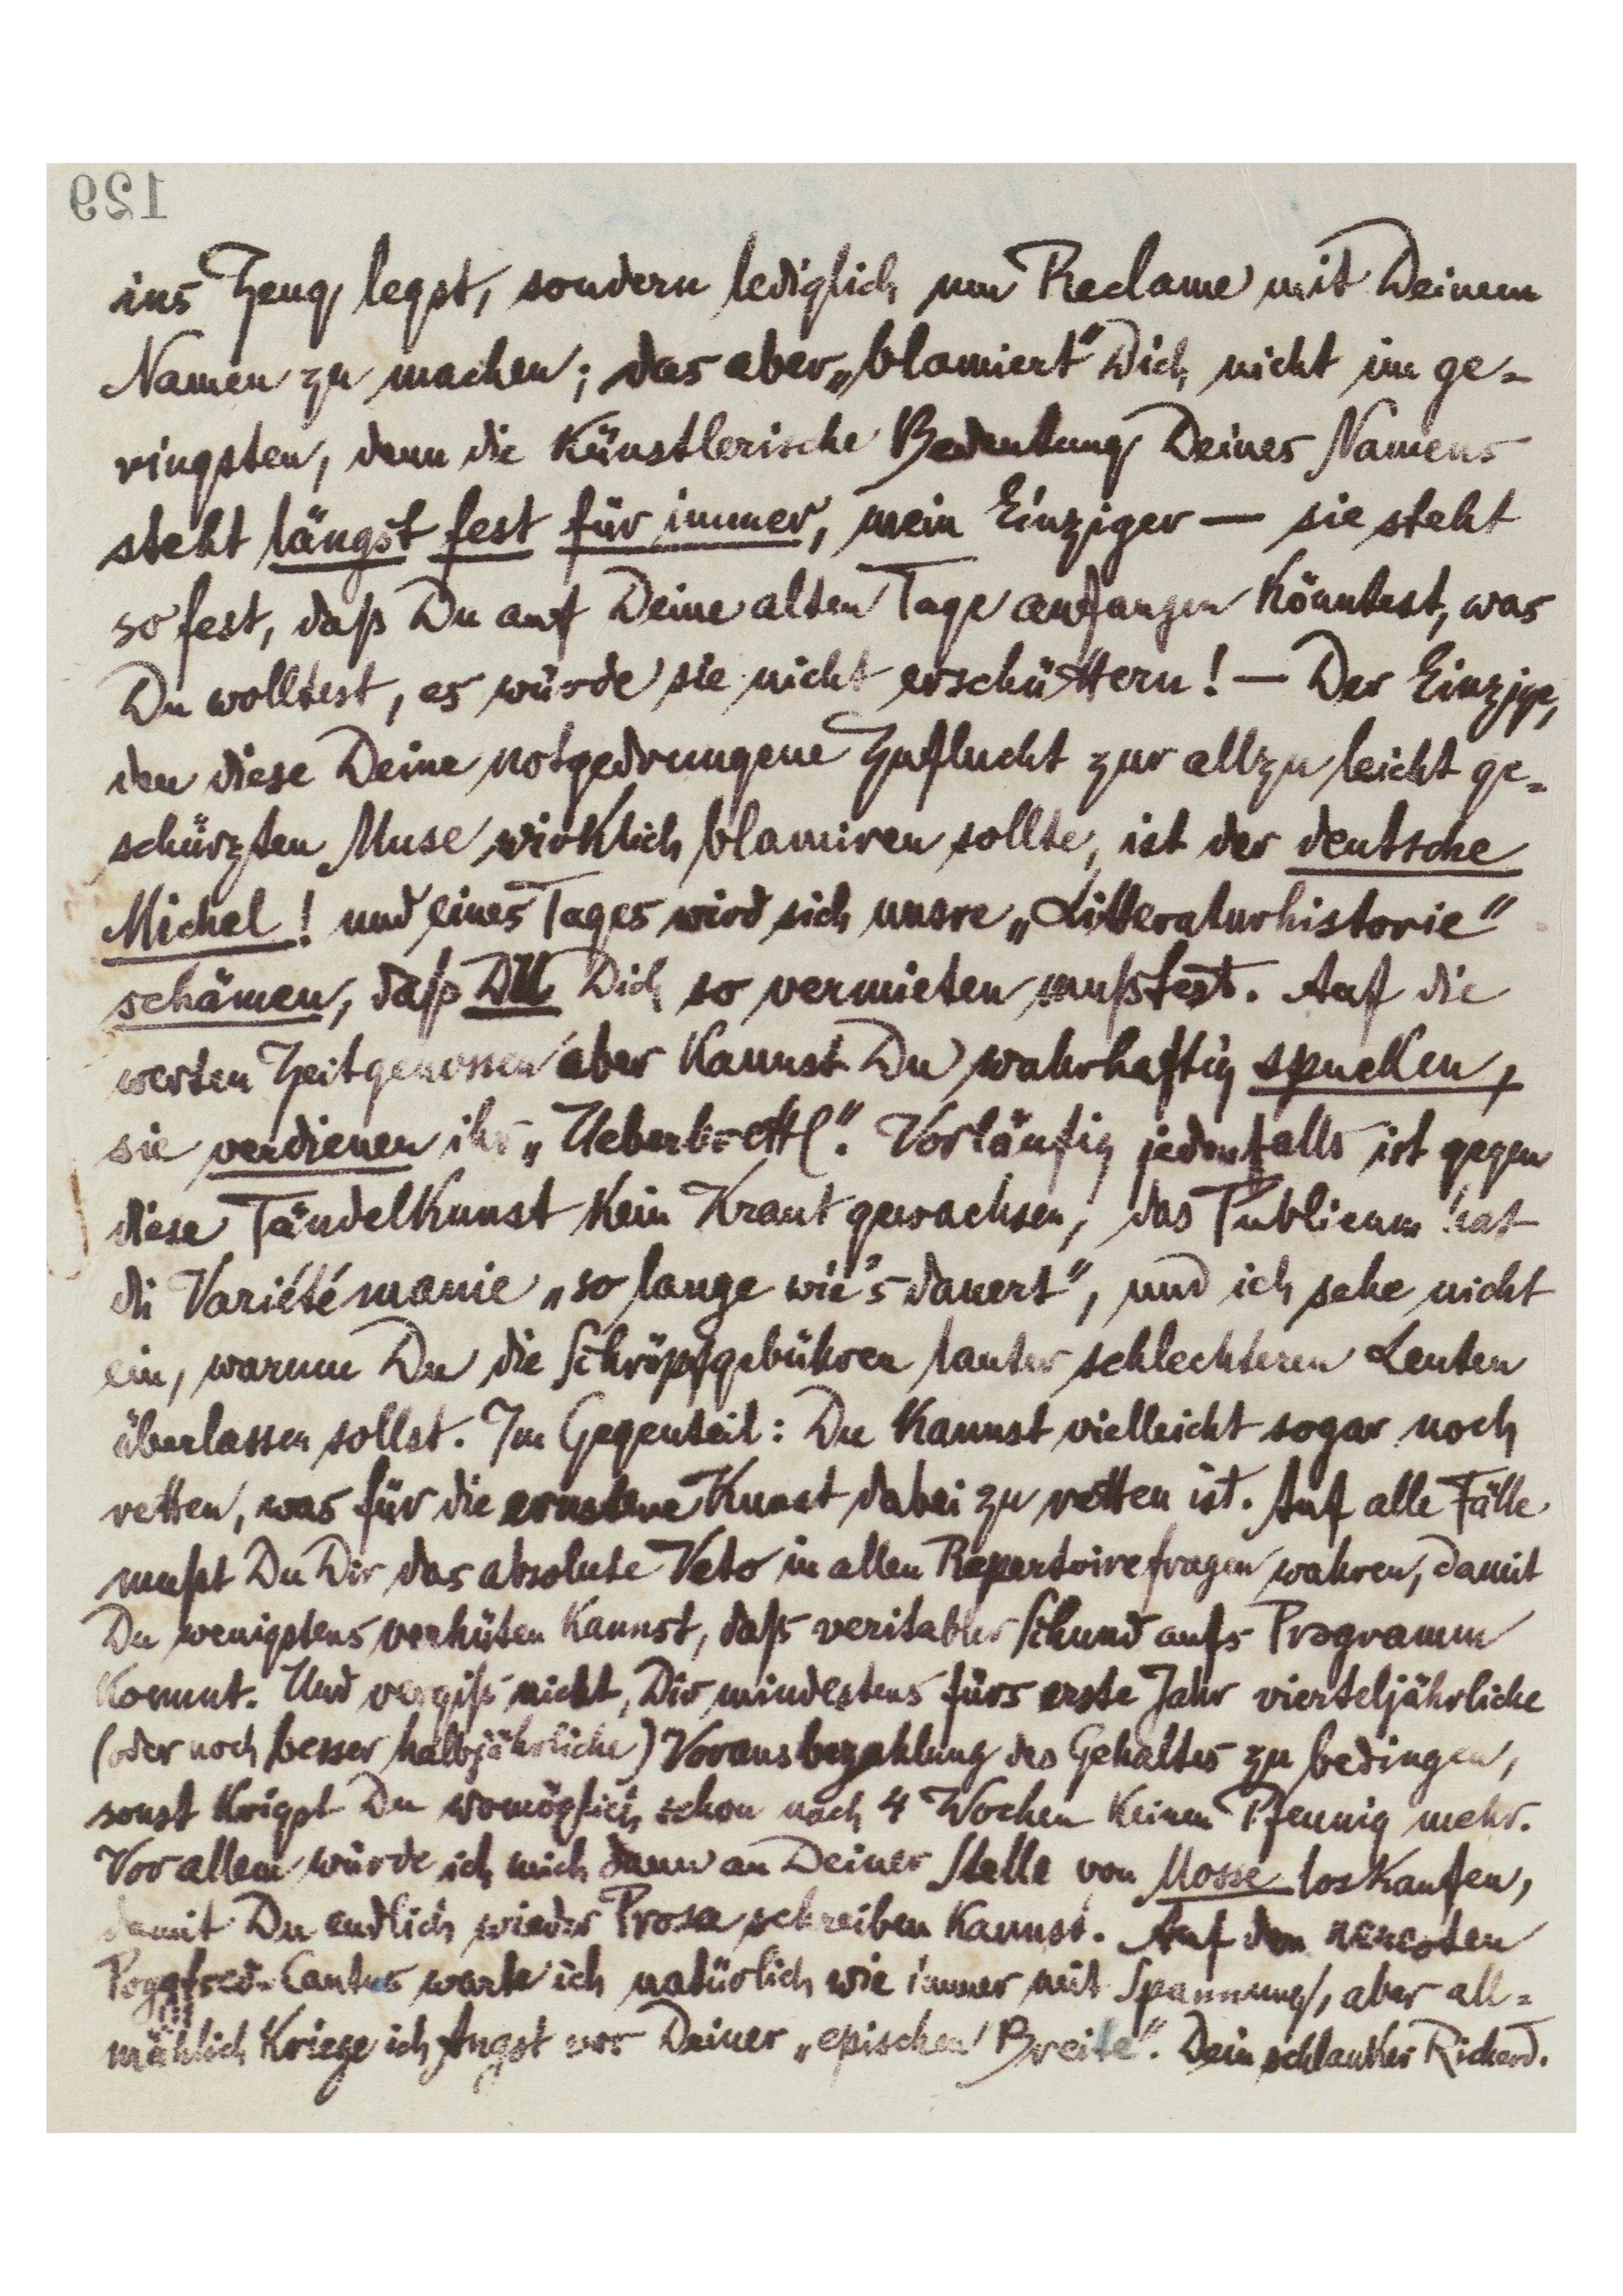
[129]
ins Zeug legst, sondern lediglich um Reclame mit Deinem
Namen zu machen; das aber „blamiert‟ Dich nicht im ge-
ringsten, denn die künstlerische Bedeutung Deines Namens
steht längst fest für immer, mein Einziger – sie steht
so fest, daß Du auf Deine alten Tage anfangen könntest, was
Du wolltest, es würde sie nicht erschüttern! – Der Einzige,
den diese Deine notgedrungene Zuflucht zur allzu leicht ge-
schürzten Muse wirklich blamiren sollte, ist der deutsche
Michel! und eines Tages wird sich unsre „Litteraturhistorie‟
schämen, daß DU Dich so vermieten mußtest. Auf die
werten Zeitgenossen aber kannst Du wahrhaftig spucken,
sie verdienen ihr „Ueberbrettl‟. Vorläufig jedenfalls ist gegen
diese Tändelkunst kein Kraut gewachsen, das Publikum hat
die Variétémanie „so lange wie’s dauert‟, und ich sehe nicht
ein, warum Du die Schröpfgebühren lauter schlechteren Leuten
überlassen sollst. Im Gegenteil: Du kannst vielleicht sogar noch
retten, was für die ernstere Kunst dabei zu retten ist. Auf alle Fälle
mußt Du Dir das absolute Veto im allen Repertoirefragen wahren, damit
Du wenigstens verhüten kannst, daß veritabler Schund aufs Programm
kommt. Und vergiß‘ nicht, Dir mindestens fürs erste Jahr vierteljährliche
(oder noch besser halbjährliche) Vorausbezahlung des Gehaltes zu bedingen,
sonst krigst Du womöglich schon nach 4 Wochen keinen Pfennig mehr.
Vor allem würde ich mich dann an Deiner Stellen von Mosse loskaufen,
damit Du endlich wieder Prosa schreiben kannst. Auf den neuesten
Poggfred-Cantus warte ich natürlich wie immer mit Spannung, aber all-
mählich kriege ich Angst vor Deiner „epischen Breite‟. Dein schlanker Richard.